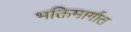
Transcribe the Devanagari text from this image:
भक्तिमार्गात